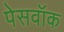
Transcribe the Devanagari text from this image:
पेसवॉक